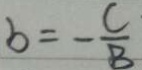
b = - \frac { C } { B }